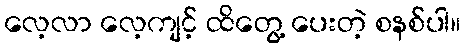
လေ့လာ လေ့ကျင့် ထိတွေ့ ပေးတဲ့ စနစ်ပါ။